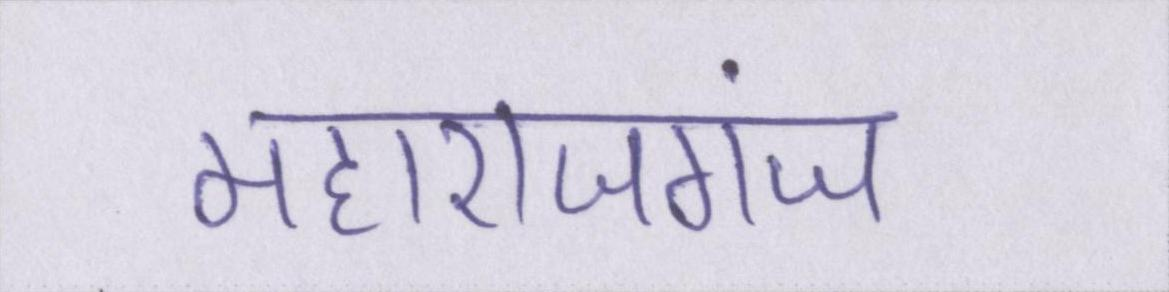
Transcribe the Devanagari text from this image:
महाराजगंज